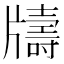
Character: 𤘀